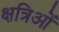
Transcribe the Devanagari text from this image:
क्षत्रिओं